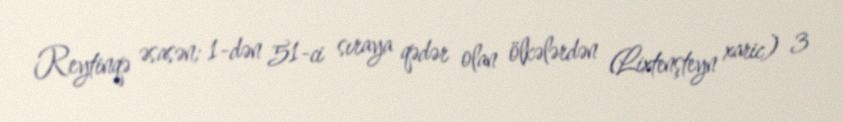
Reytinqə əsasən; 1-dən 51-ci sıraya qədər olan ölkələrdən (Lixtenşteyn xaric) 3